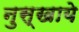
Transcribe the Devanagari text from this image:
नुस्खाये